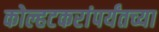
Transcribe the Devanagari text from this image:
कोल्हटकरांपर्यंतच्या